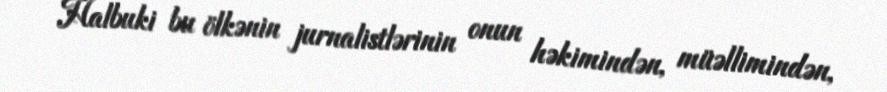
Halbuki bu ölkənin jurnalistlərinin onun həkimindən, müəllimindən,